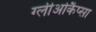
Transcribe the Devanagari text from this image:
ग्लीओकैप्सा